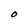
Character: O